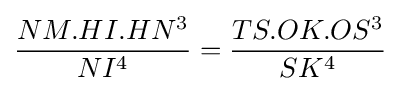
{\frac {NM.HI.HN^{3}}{NI^{4}}}={\frac {TS.OK.OS^{3}}{SK^{4}}}